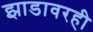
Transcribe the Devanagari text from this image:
झाडावरही